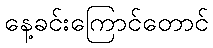
နေ့ခင်းကြောင်တောင်